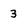
Character: 3